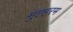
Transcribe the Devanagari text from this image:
मुह्हरम